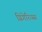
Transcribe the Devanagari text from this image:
ग्रिगेरियस